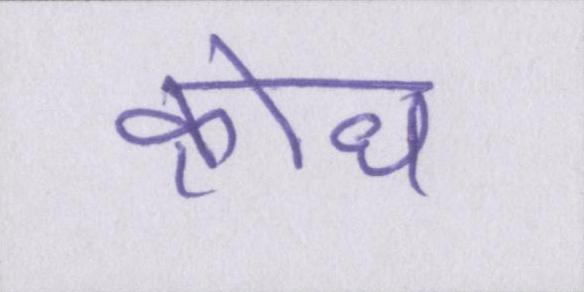
क्रोध